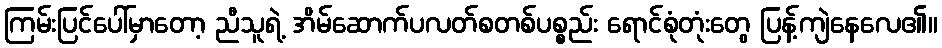
ကြမ်းပြင်ပေါ်မှာတော့ ညီသူရဲ့ အိမ်ဆောက်ပလတ်စတစ်ပစ္စည်း ရောင်စုံတုံးတွေ ပြန့်ကျဲနေလေ၏။